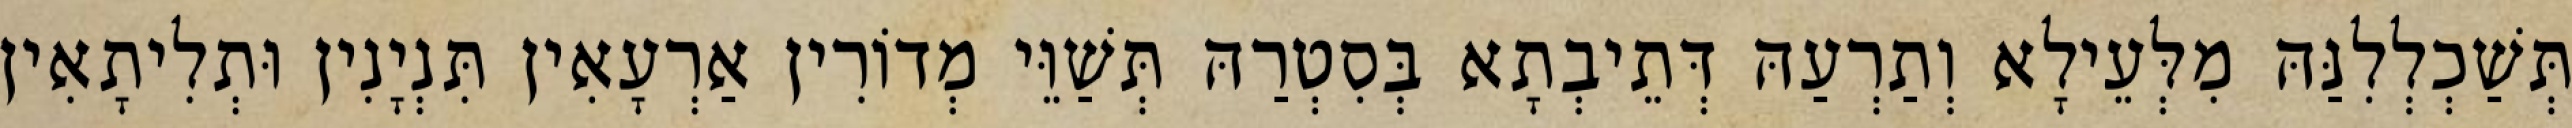
תְּשַׁכְלְלִנַּהּ מִלְּעֵילָא וְתַרְעַהּ דְּתֵיבְתָא בְּסִטְרַהּ תְּשַׁוֵּי מְדוֹרִין אַרְעָאִין תִּנְיָנִין וּתְלִיתָאִין